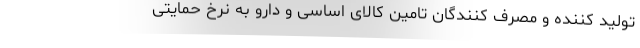
تولید کننده و مصرف کنندگان تامین کالای اساسی و دارو به نرخ حمایتی